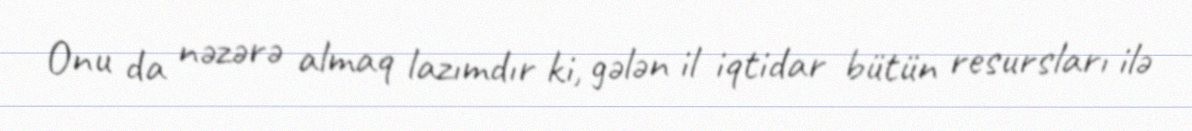
Onu da nəzərə almaq lazımdır ki, gələn il iqtidar bütün resursları ilə